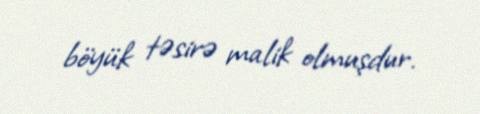
böyük təsirə malik olmuşdur.